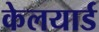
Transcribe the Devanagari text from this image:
केलयार्ड